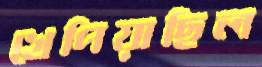
খেপিয়াছিল